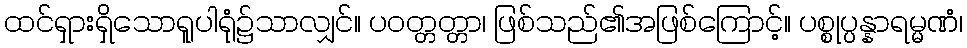
ထင်ရှားရှိသောရူပါရုံ၌သာလျှင်။ ပဝတ္တတ္တာ၊ ဖြစ်သည်၏အဖြစ်ကြောင့်။ ပစ္စုပ္ပန္နာရမ္မဏံ၊